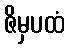
ဇိမှပထံ